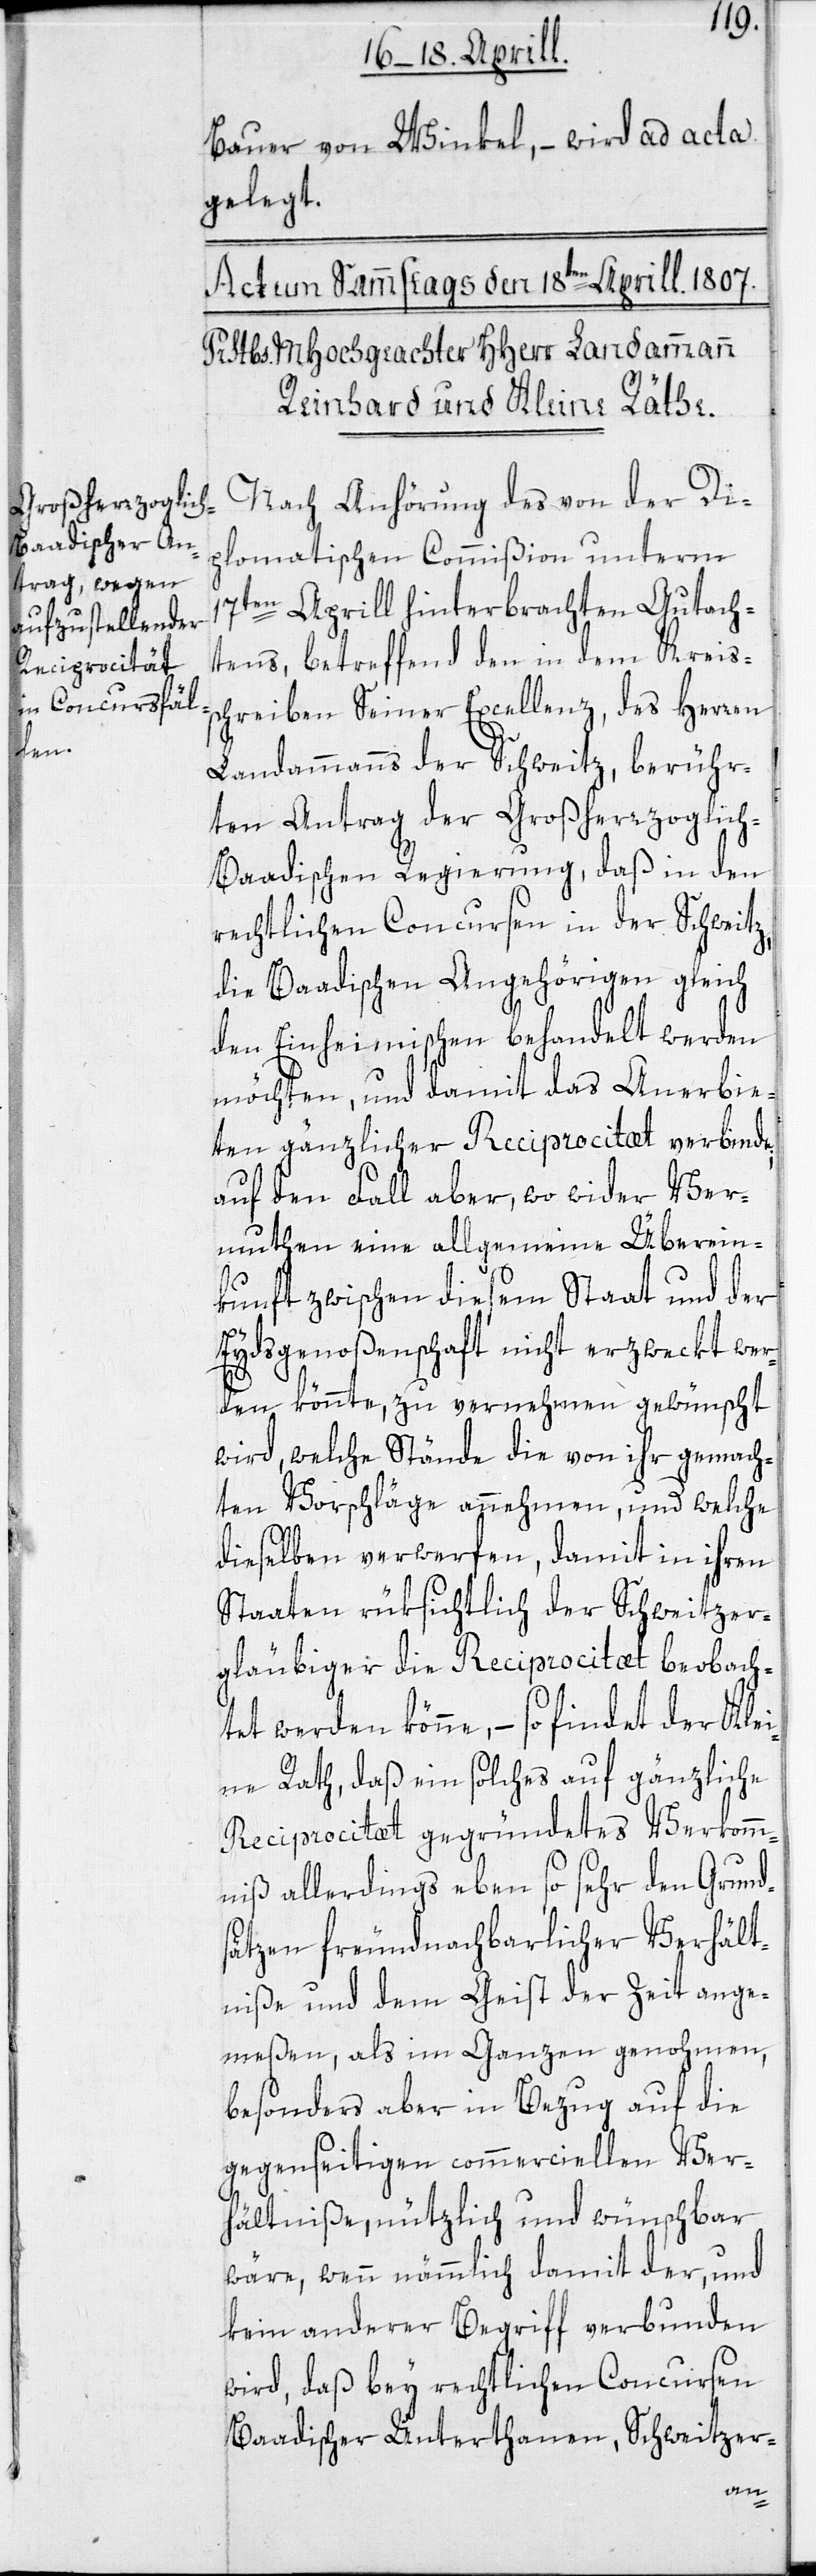
Bauer von Winkel, – wird ad acta
gelegt.
Nach Anhörung des von der Di¬
plomatischen Commißion unterm
17ten Aprill hinterbrachten Gutach¬
tens, betreffend den in dem Kreis¬
chreiben Seiner Excellenz, des Herren
Landammanns der Schweitz, berühr¬
ten Antrag der Großherzoglic¬
h-Baadischen Regierung, daß in den
rechtlichen Concursen in der Schweitz,
die Baadischen Angehörigen gleich
den Einheimischen behandelt werden
möchten, und damit das Anerbie¬
ten gänzlicher Reciprocitaet verbinde;
auf den Fall aber, wo wider Ver¬
muthen eine allgemeine Überein¬
kunft zwischen diesem Staat und der
Eydsgenoßenschaft nicht erzweckt wer¬
den könnte, zu vernehmen gewünscht
wird, welche Stände die von ihr gemach¬
ten Vorschläge annehmen, und welche
dieselben verwerfen, damit in ihren
Staaten rüksichtlich der Schweitzer¬
gläubiger die Reciprocitaet beobach¬
tet werden könne, – so findet der Klei¬
ne Rath, daß ein solches auf gänzliche
Reciprocitaet gegründetes Verkomm¬
niß allerdings eben so sehr den Grund¬
sätzen freundnachbarlicher Verhält¬
niße und dem Geist der Zeit ange¬
meßen, als im Ganzen genohmen,
besonders aber in Bezug auf die
gegenseitigen commerciellen Ver¬
hältniße, nützlich und wünschbar
wäre, wenn nämmlich damit der, und
kein anderer Begriff verbunden
wird, daß bey rechtlichen Concursen
Baadischer Unterthanen, Schweitzer-
s¬